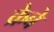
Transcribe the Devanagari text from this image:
क्रेबे